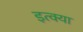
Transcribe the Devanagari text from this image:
इत्क्या